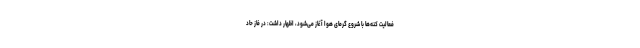
فعالیت کنه‌ها با شروع گرمای هوا آغاز می‌شود، اظهار داشت: در فاز حاد